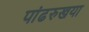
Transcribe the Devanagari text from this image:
पांढरुखया